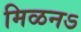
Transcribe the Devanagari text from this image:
मिळनऽ